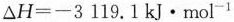
$$△ H = - 3 1 1 9 . 1 kJ·mol^{-1}